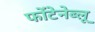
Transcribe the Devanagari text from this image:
फोंटेनेब्लू